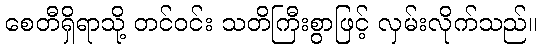
စေတီရှိရာသို့ တင်ဝင်း သတိကြီးစွာဖြင့် လှမ်းလိုက်သည်။